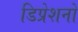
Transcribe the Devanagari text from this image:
डिप्रेशनों